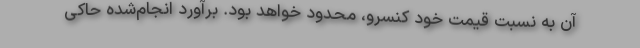
آن به نسبت قیمت خود کنسرو، محدود خواهد بود. برآورد انجام‌شده حاکی